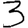
Digit: 3